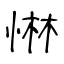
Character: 惏